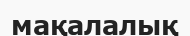
мақалалық